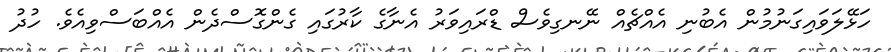
ހަޅޭލަވައިގަނުމުން އެބުނި އެއްޗެއް ނޭނގިވެސް ޑްރައިވަރު އެނާގެ ކާރުގައި ގެންގޮސްދެން އެއްބަސްވިއެވެ. ހުދު